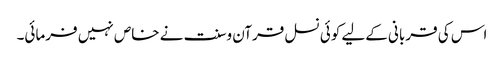
اس کی قربانی کےلیے کوئی نسل قرآن وسنت نے خاص نہیں فرمائی۔